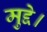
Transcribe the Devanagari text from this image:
मुद्दे।